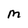
Character: M